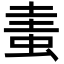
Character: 䖯